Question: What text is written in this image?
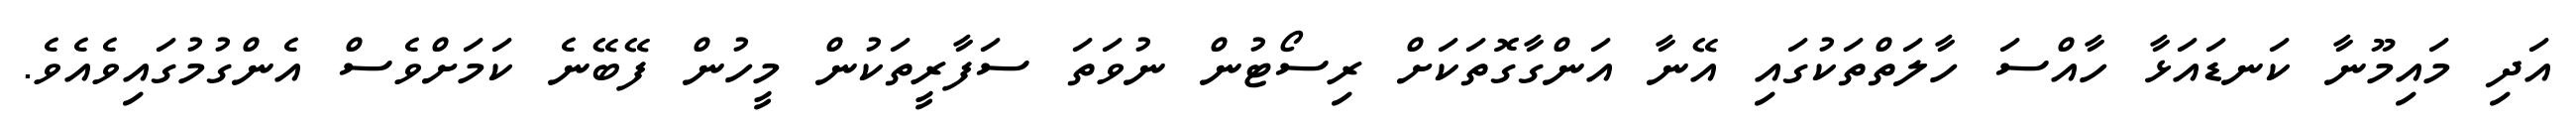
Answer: އަދި މައިމޫނާ ކަނޑައަޅާ ހާއްސަ ހާލަތްތަކުގައި އޭނާ އަންގާގޮތަކަށް ރިސޯޓުން ނުވަތަ ސަފާރީތަކުން މީހުން ފޭބޭނެ ކަމަށްވެސް އެންގުމުގައިވެއެވެ.